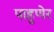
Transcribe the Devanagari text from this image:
पाहुणेर